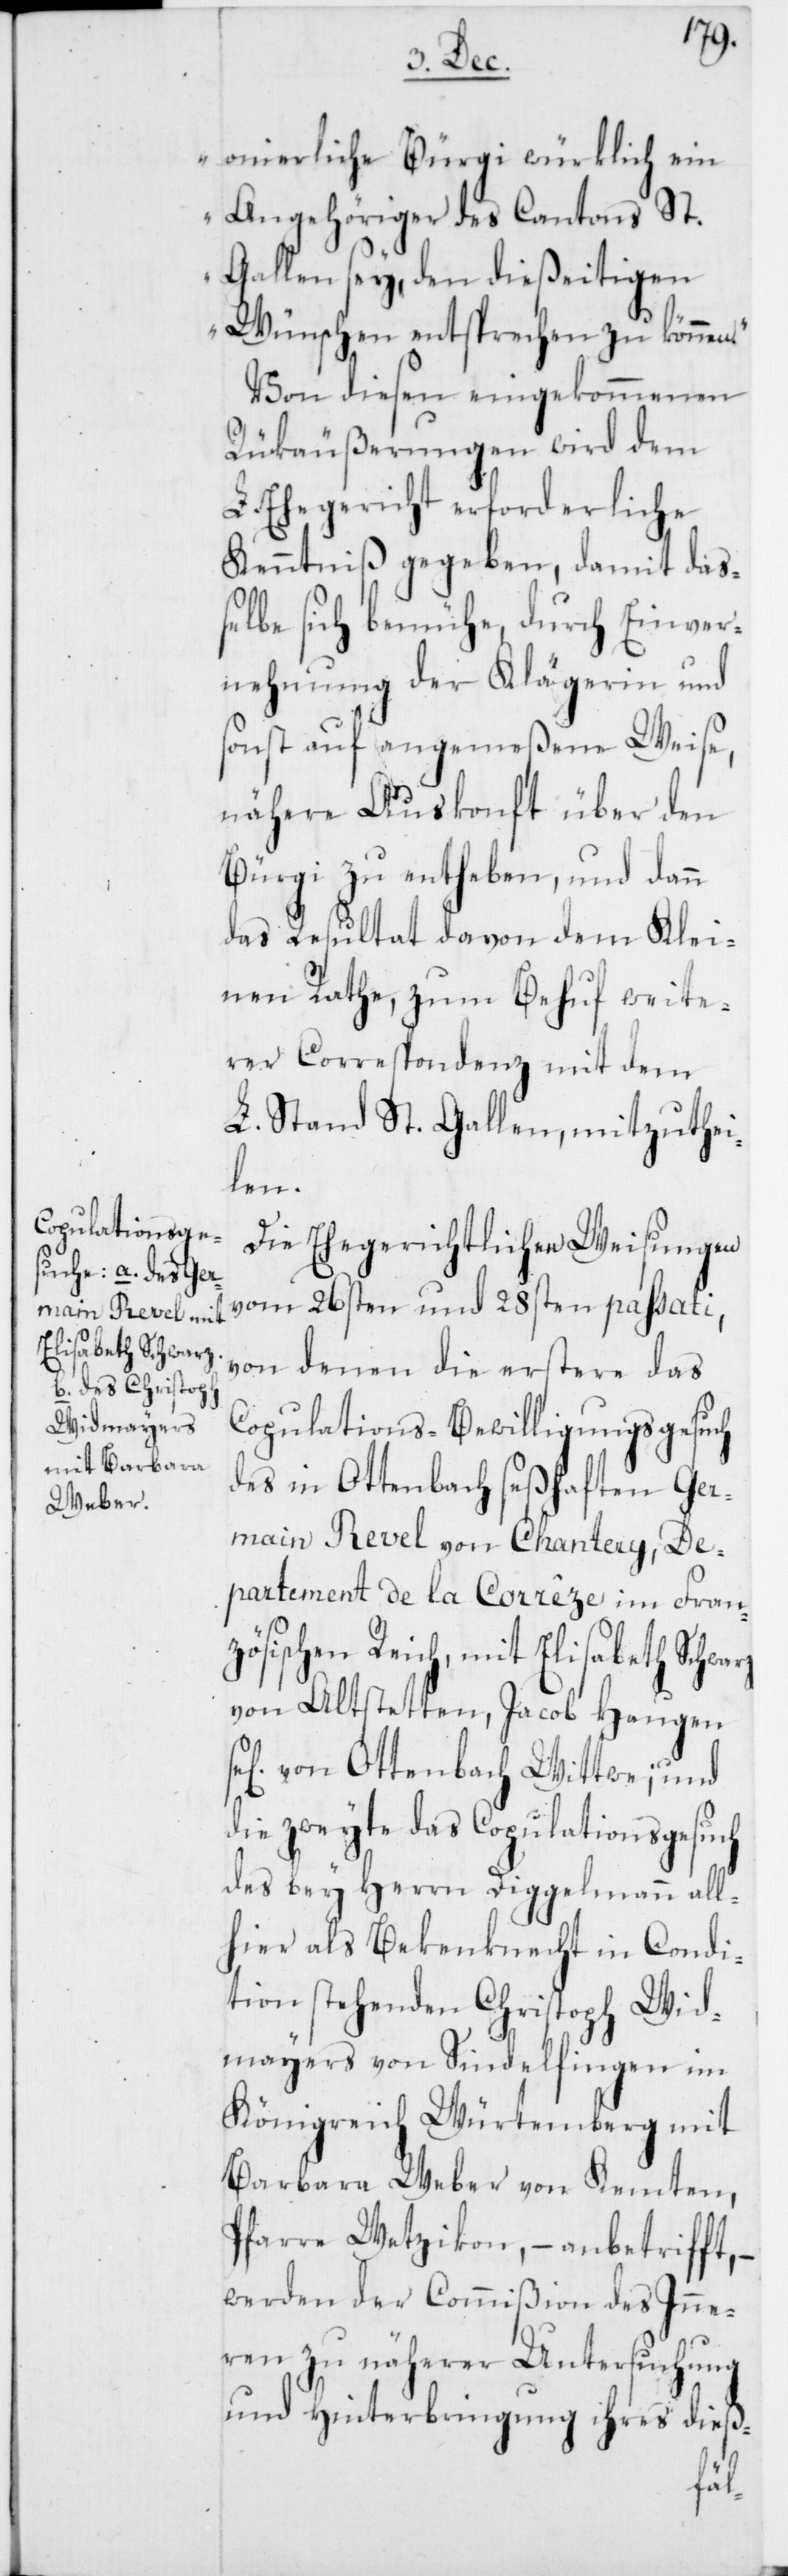
onierliche Bürgi würklich ein
Angehöriger des Cantons St.
Gallen sey, den dießeitigen
Wünschen entsprechen zu können.“
Von diesen eingekommenen
Rükäußerungen wird dem
L. Ehegericht erforderliche
Kenntniß gegeben, damit daß¬
elbe sich bemühe, durch Einver¬
nehmung der Klägerin und
sonst auf angemeßene Weise,
nähere Auskonft über den
Bürgi zu entheben, und dann
das Resultat davon dem Klei¬
nen Rathe, zum Behuf weite¬
rer Correspondenz mit dem
L. Stand St. Gallen mitzuthei¬
len.
Die Ehegerichtlichen Weisungen
vom 26sten und 28sten passati,
von denen die erstere das
Copulations-Bewilligungsgesuch
des in Ottenbach seßhaften Ger¬
main Revel von Chantery, De¬
partement de la Corrêze im Fran¬
zösischen Reich, mit Elisabeth Schw¬
von Altstetten, Jacob Haugen
von Ottenbach Wittwe; und
die zweyte das Copulationsgesuch
des bey Herrn Diggelmann all¬
hier als Bekenknecht in Condi¬
tion stehenden Christoph Wid¬
mayers von Sindelfingen im
Königreich Würtemberg mit
Barbara Weber von Kemten,
Pfarre Wetzikon, – anbetrifft, –
werden der Commißion des Inne¬
ren zu näherer Untersuchung
und Hinterbringung ihres dieß-
arz